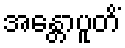
အန္တောပူတိံ